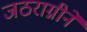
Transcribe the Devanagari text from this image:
जठराग्नीने